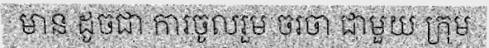
មាន ដូចជា ការចូលរួម ចរចា ជាមួយ ក្រុម